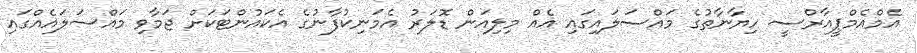
އެމްއެމްޕީއާރްސީ ހިޔާނާތުގެ މައްސަލައިގައި އެއް މިލިއަން ޑޮލަރު އެމަނިކުފާނުގެ އެކައުންޓަކަށް ޖަމާވި މައްސަލައެއްގައި